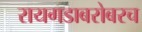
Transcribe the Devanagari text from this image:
रायगडाबरोबरच